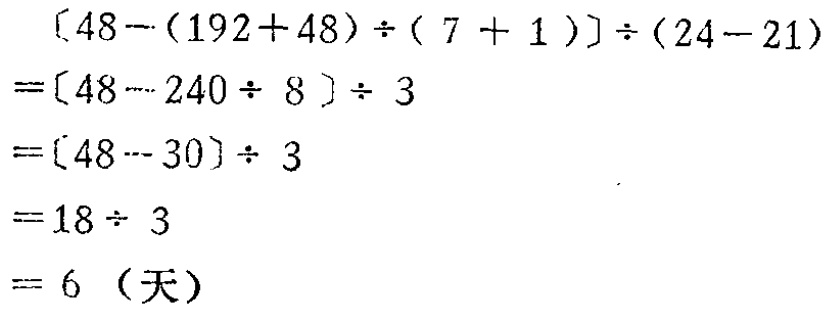
\[
\begin{align*}
&[48 - (192 + 48) \div (7 + 1)] \div (24 - 21)\\
=&[48 - 240 \div 8] \div 3\\
=&[48 - 30] \div 3\\
=&18 \div 3\\
=& 6 \text{（天）}
\end{align*}
\]